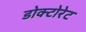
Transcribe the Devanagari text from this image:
डोक्टोरेट